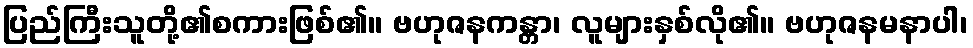
ပြည်ကြီးသူတို့၏စကားဖြစ်၏။ ဗဟုဇနကန္တာ၊ လူများနှစ်လို၏။ ဗဟုဇနမနာပါ၊